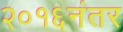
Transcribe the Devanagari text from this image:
२०१६नंतर